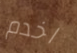
اخدم